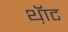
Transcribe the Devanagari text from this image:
थ़ॅाट